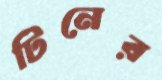
টিনের